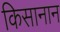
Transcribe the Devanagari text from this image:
किसानान